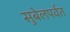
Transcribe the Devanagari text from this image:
सुबेलपर्वत